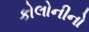
કોલોનીનો